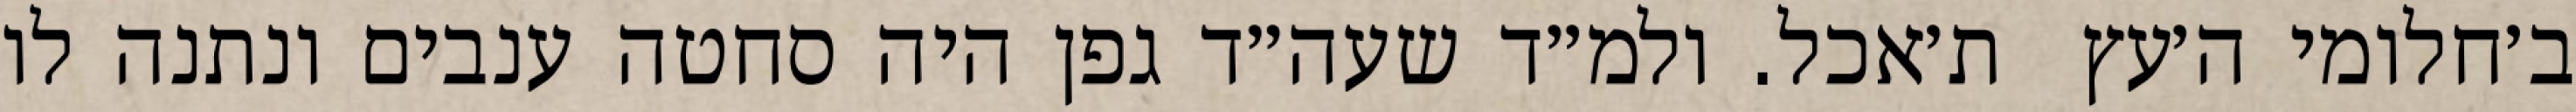
ב׳חלומי ה׳עץ  ת׳אכל. ולמ״ד שעה״ד גפן היה סחטה ענבים ונתנה לו